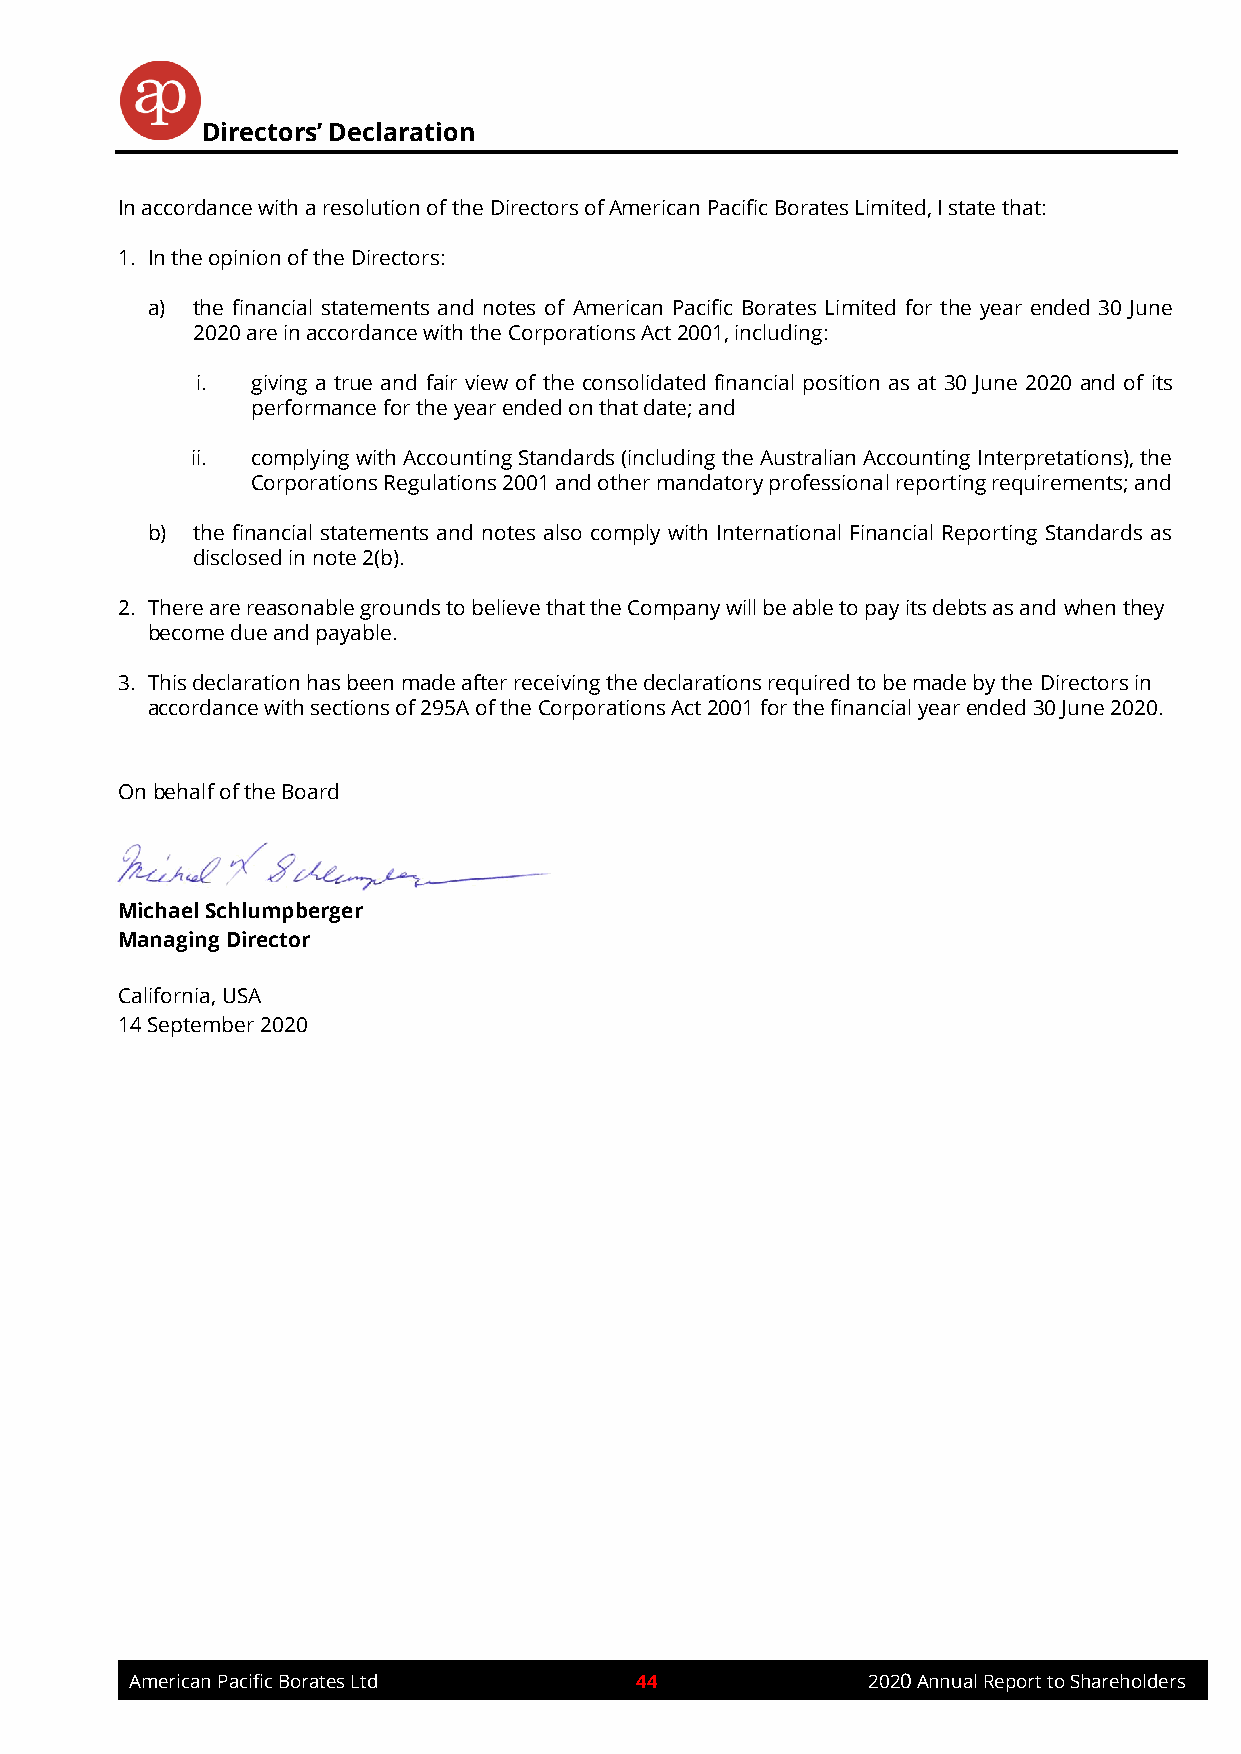
Directors’ Declaration
 In accordance with a resolution of the Directors of American Pacific Borates Limited, I state that:
 1. In the opinion of the Directors:
 a) the financial statements and notes of American Pacific Borates Limited for the year ended 30 June
 2020 are in accordance with the Corporations Act 2001, including:
 i.  giving a true and fair view of the consolidated financial position as at 30 June 2020 and of its
 performance for the year ended on that date; and
 ii. complying with Accounting Standards (including the Australian Accounting Interpretations), the
 Corporations Regulations 2001 and other mandatory professional reporting requirements; and
 b) the financial statements and notes also comply with International Financial Reporting Standards as
 disclosed in note 2(b).
 2. There are reasonable grounds to believe that the Company will be able to pay its debts as and when they
 become due and payable.
 3. This declaration has been made after receiving the declarations required to be made by the Directors in
 accordance with sections of 295A of the Corporations Act 2001 for the financial year ended 30 June 2020.
 On behalf of the Board
 Michael Schlumpberger
 Managing Director
 California, USA
 14 September 2020
 American Pacific Borates Ltd     44             2020 Annual Report to Shareholders